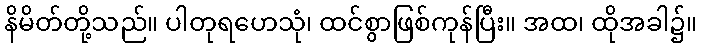
နိမိတ်တို့သည်။ ပါတုရဟေသုံ၊ ထင်စွာဖြစ်ကုန်ပြီး။ အထ၊ ထိုအခါ၌။